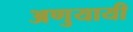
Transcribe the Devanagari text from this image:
अणुयायी